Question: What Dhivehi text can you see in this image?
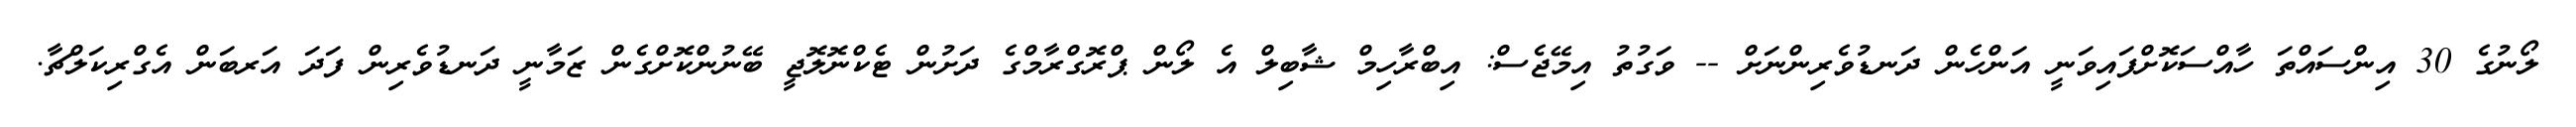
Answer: ލޯނުގެ 30 އިންސައްތަ ހާއްސަކޮށްފައިވަނީ އަންހެން ދަނޑުވެރިންނަށް -- ވަގުތު އިމޭޖެސް: އިބްރާހިމް ޝާބިލް އެ ލޯން ޕްރޮގްރާމްގެ ދަށުން ޓެކްނޮލޮޖީ ބޭނުންކޮށްގެން ޒަމާނީ ދަނޑުވެރިން ފަދަ އަރބަން އެގްރިކަލްޗާ.